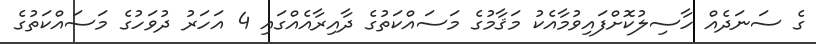
ގެ ސަނަދެއް ހާސިލުކޮށްފައިވުމާއެކު މަޤާމުގެ މަސައްކަތުގެ ދާއިރާއެއްގައި 4 އަހަރު ދުވަހުގެ މަސައްކަތުގެ